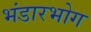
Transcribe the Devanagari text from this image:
भंडारभोग